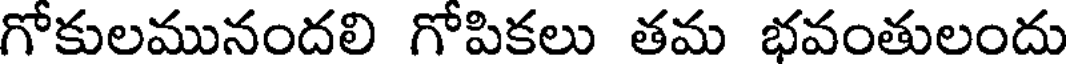
గోకులమునందలి గోపికలు తమ భవంతులందు